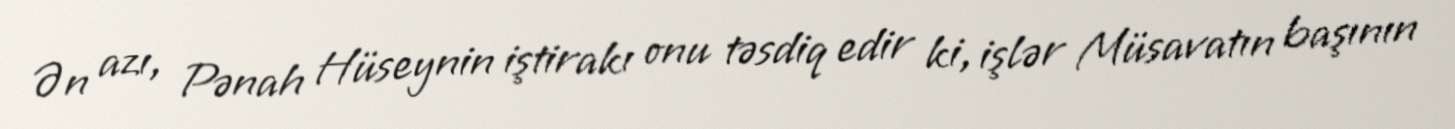
Ən azı, Pənah Hüseynin iştirakı onu təsdiq edir ki, işlər Müsavatın başının